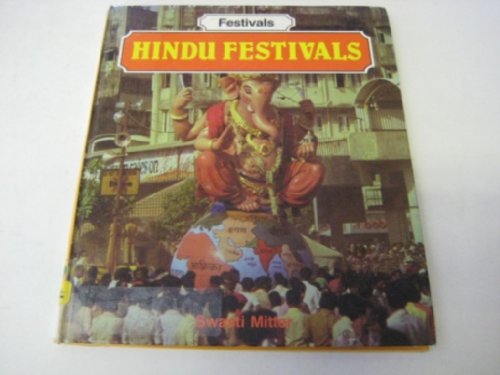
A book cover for Hindu Festivals; Swasti Mitter; Children's Books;